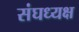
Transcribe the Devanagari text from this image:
संघध्यक्ष